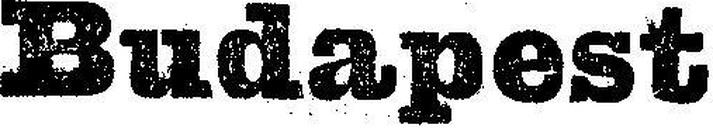
Budapest